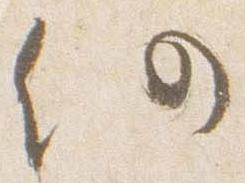
仍